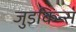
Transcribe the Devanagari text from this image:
जुडकिन्स